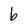
Character: b